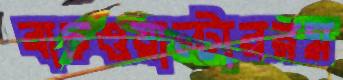
বাচওয়াল্টাররম